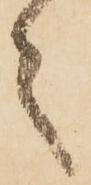
之